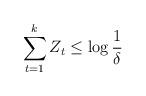
LaTeX: \begin{align*}\sum_{t=1}^{k}Z_{t} & \le\log\frac{1}{\delta}\end{align*}